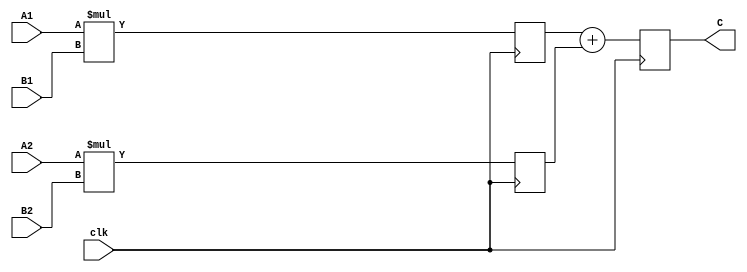
`timescale 1ns / 1ps
//////////////////////////////////////////////////////////////////////////////////
// Company: 
// Engineer: 
// 
// Design Name: 
// Module Name:    pipeline 
// Project Name: 
// Target Devices: 
// Tool versions: 
// Description: 
//
// Dependencies: 
//
// Revision: 
// Revision 0.01 - File Created
// Additional Comments: 
//
//////////////////////////////////////////////////////////////////////////////////
module pipeline(
    input [31:0] A1,
    input [31:0] A2,
    input [31:0] B1,
    input [31:0] B2,
    input clk,
    output reg[31:0] C
    );
	reg[31:0] step[1:0];
	initial begin
		C = 0;
		step[0]=0;
		step[1]=0;
	end
    always @(posedge clk) begin
        step[0] <= A1 * B1;
        step[1] <= A2 * B2;

        C <= step[0] + step[1];
    end 

endmodule